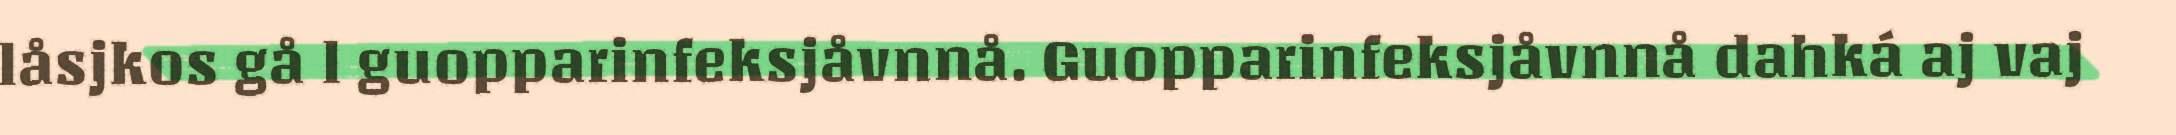
låsjkos gå l guopparinfeksjåvnnå. Guopparinfeksjåvnnå dahká aj vaj